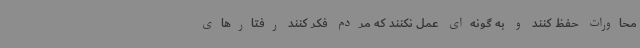
محاورات حفظ کنند و به گونه‌ای عمل نکنند که مردم فکر کنند رفتارهای